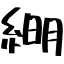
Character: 𦁠